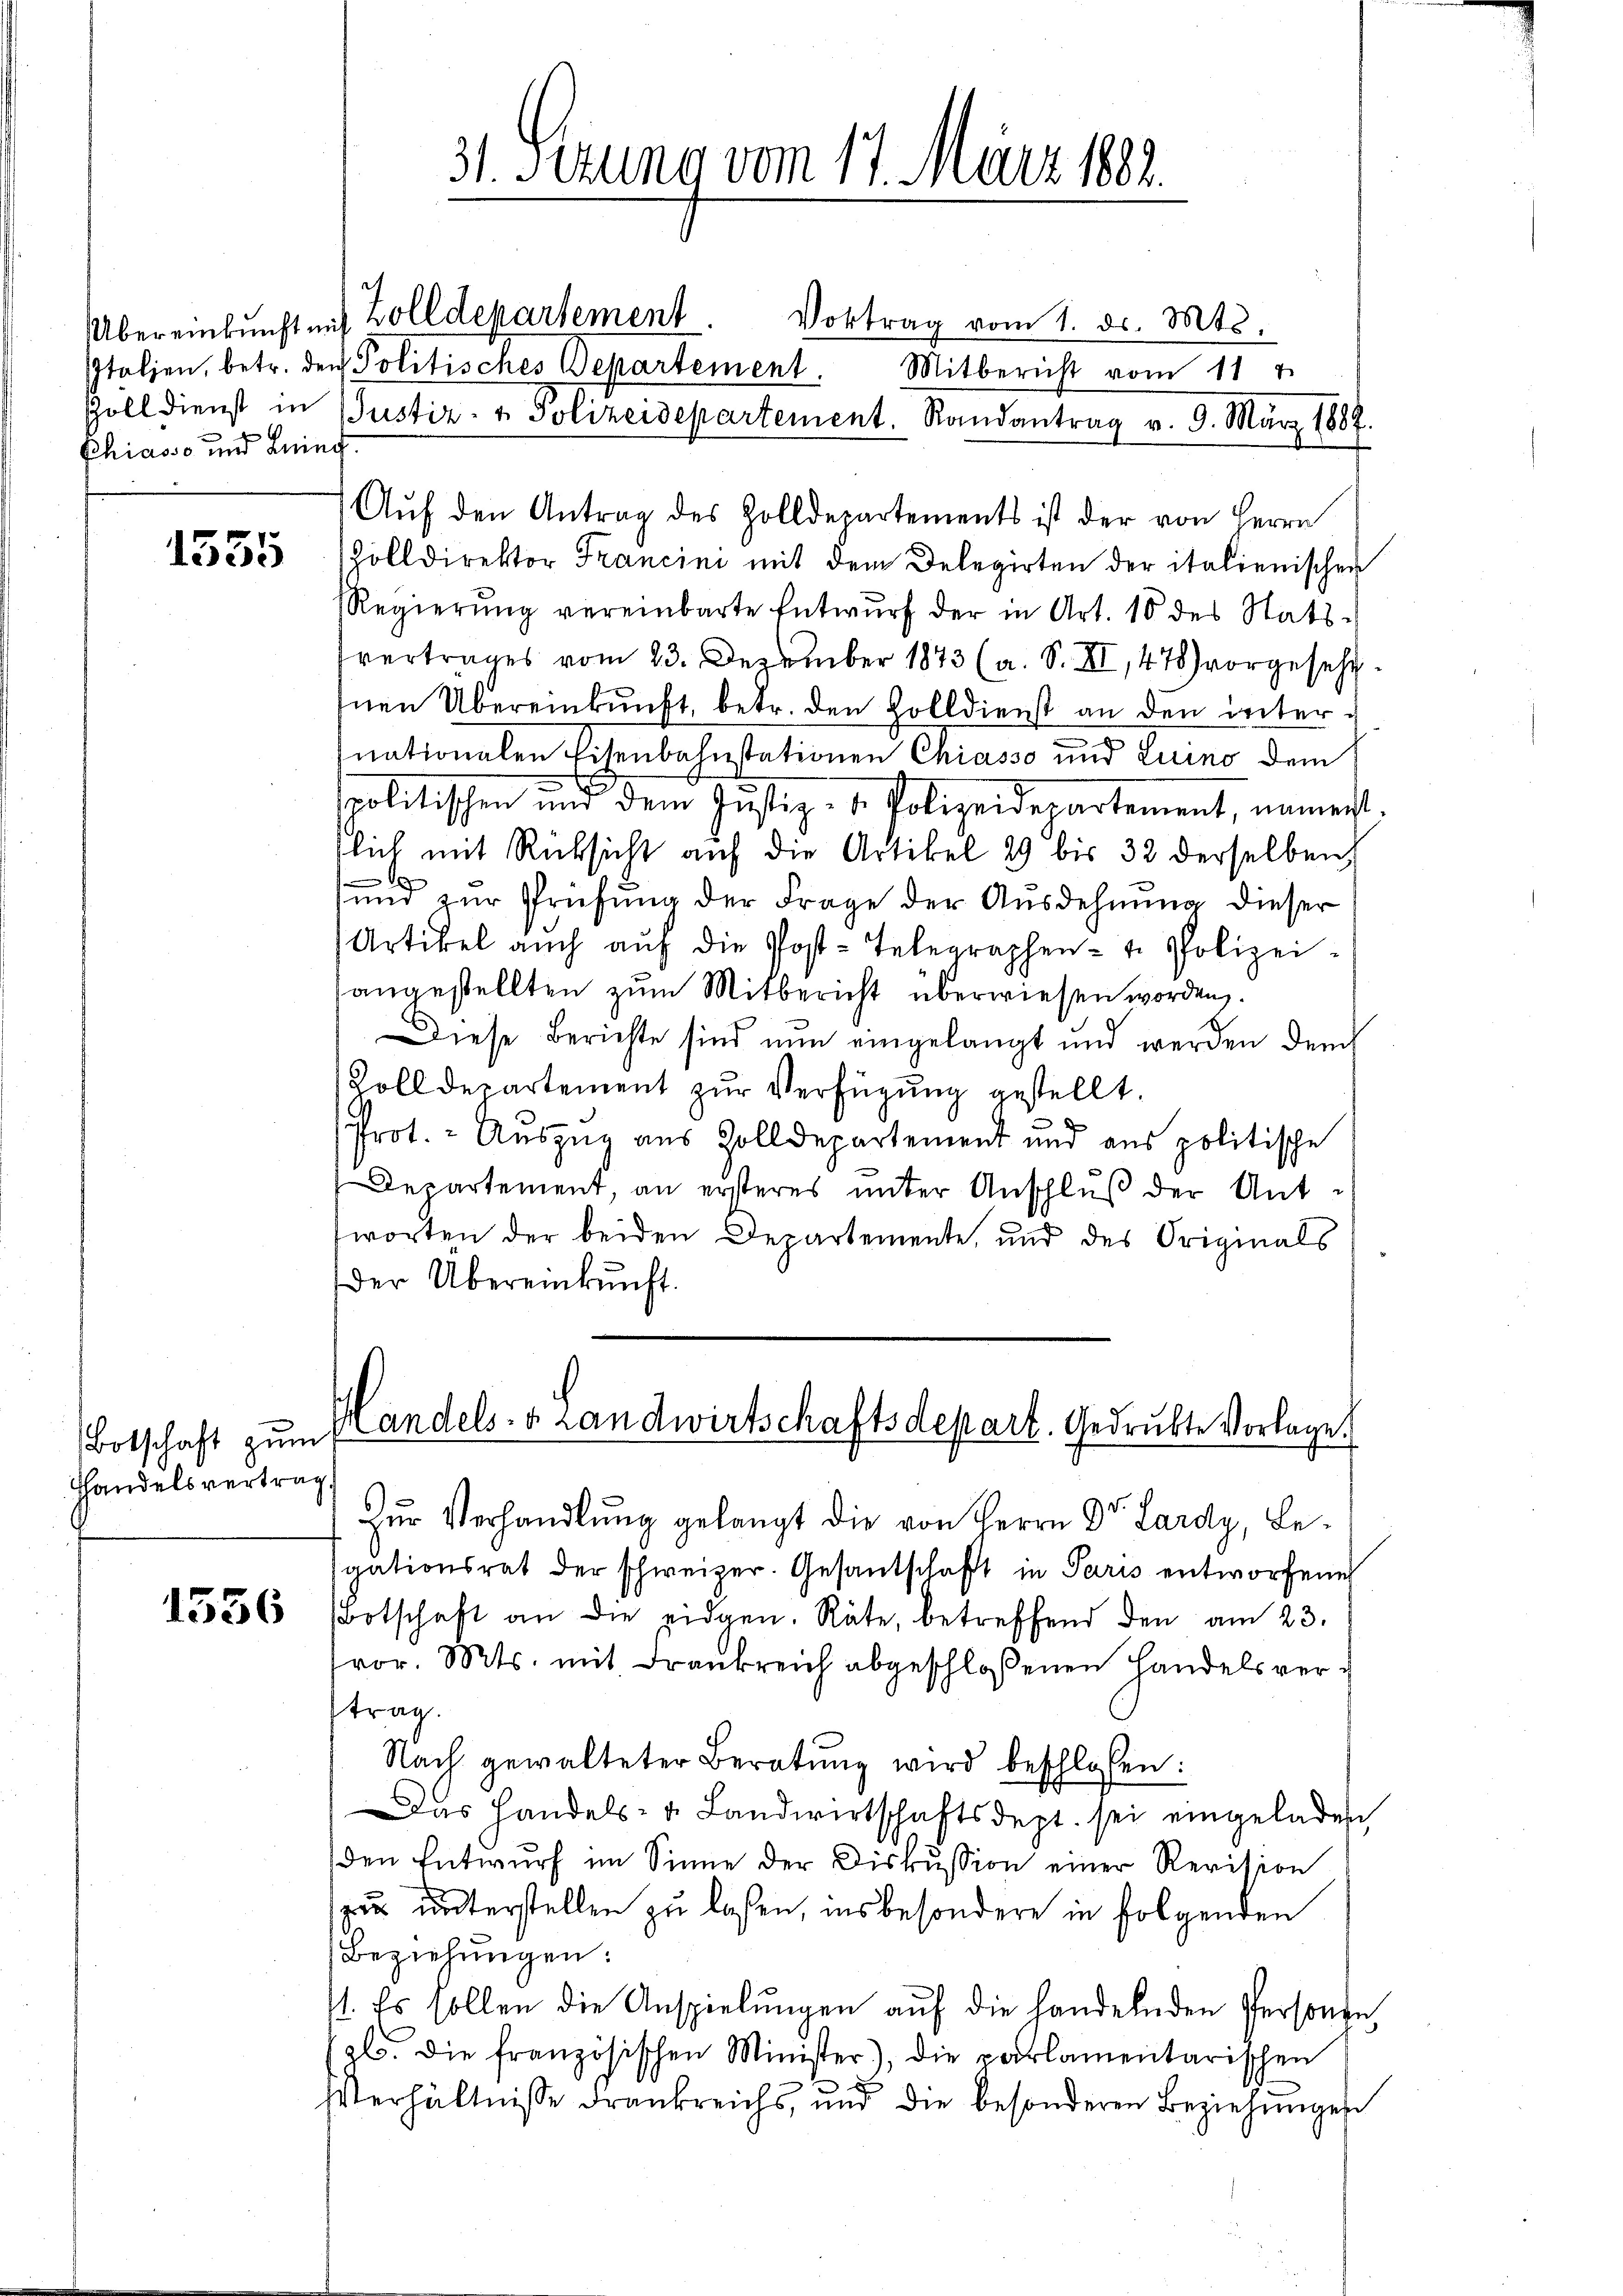
Italien, betr. den Politisches Departement.
Chiasso und Leind

1555

Botschaft zum
Hhandelsvertrag

1536

31. Sizung vom 17. März 1883.

Übereinbŭcht auf Zolldepartement. Vortrag vom 1. ds. Mts.
Mitbericht vom 11t
Zoll dienst in Justiz- & Polizeidepartement. Randantrag v. 9. März 1882.
Aŭf den Antrag des Zolldepartements ist der von Herrn
Zolldirektor Francini mit dem Delegirten der italienischer
Regierŭng vereinbarte Entwŭrf der in Art. 10 des Stats-
vertrages vom 23. Dezember 1873 (a. S. II, 478) vorgesehe¬
Inen Übereinkunft, betr. den Zolldienst an den internationalen Eisenbahnstationen Chiasso und Luino dem
spolitischen und dem Instiz- u. Polizeidepartement, nament.
flich mit Rücksicht auf die Artikel 29 bis 32 derselben,
und zur Prüfung der Frage der Ausdehnung dieser
Artikel auch aŭf die Post-Telegraphen- u. Polizeiangestellten zum Mitbericht überwiesen worden.
Diese Berichte sind nun eingelangt und werden durch
Zolldepartement zŭr Verfügung gestellt.
Prot. - Auszug aus Zolldepartement und aus politische
Departement, an ersteres unter Anschluß der Antworten der beiden Departemente, und des Originals
der Übereinkunft.
Handels- & Landwirtschaftsdepart. Gedruckte Vorlage.
Zŭr Verhandlung gelangt die von Herrn Dr. Lardy, Begutionsrat der schweizer. Gesantschaft in Paris entworfenes
Botschaft an die eidgen. Räte, betreffend den am 23.
vor. Mts. mit Frankreich abgeschloßenen Handelsver-
ftrag.
Nach gewalteter Beratŭng wird beschlossen:
Das Handels- u. Landwirtschaftsdept. sei eingeladen
den Entwurf im Sinne der Diskussion einer Revision
zu unterstellen zu laßen, insbesondere in folgenden
Beziehungen:
st. Es sollen die Anspielŭngen aŭf die handelnden Personen,
gl. die französischen Minister), die parlamentarischen
Verhältnisse Frankreichs, und die besonderen Beziehungen